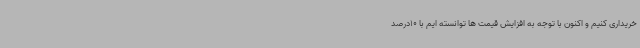
خریداری کنیم و اکنون با توجه به افزایش قیمت ها توانسته ایم با 10درصد